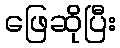
ဖြေဆိုပြီး